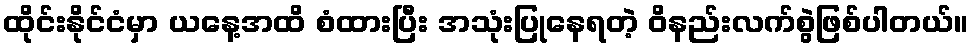
ထိုင်းနိုင်ငံမှာ ယနေ့အထိ စံထားပြီး အသုံးပြုနေရတဲ့ ဝိနည်းလက်စွဲဖြစ်ပါတယ်။